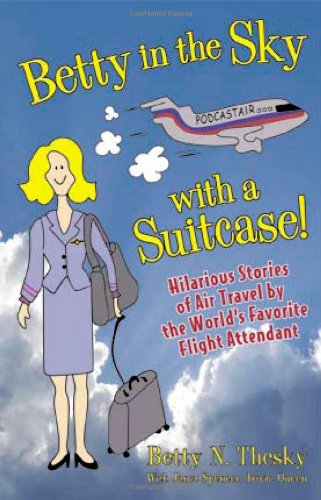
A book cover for Betty In the Sky With a Suitcase: Hilarious Stories of Air Travel by the World's Favorite Flight Attendant; Betty N. Thesky; Travel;